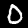
Label: 0